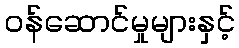
ဝန်ဆောင်မှုများနှင့်